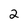
Character: 2